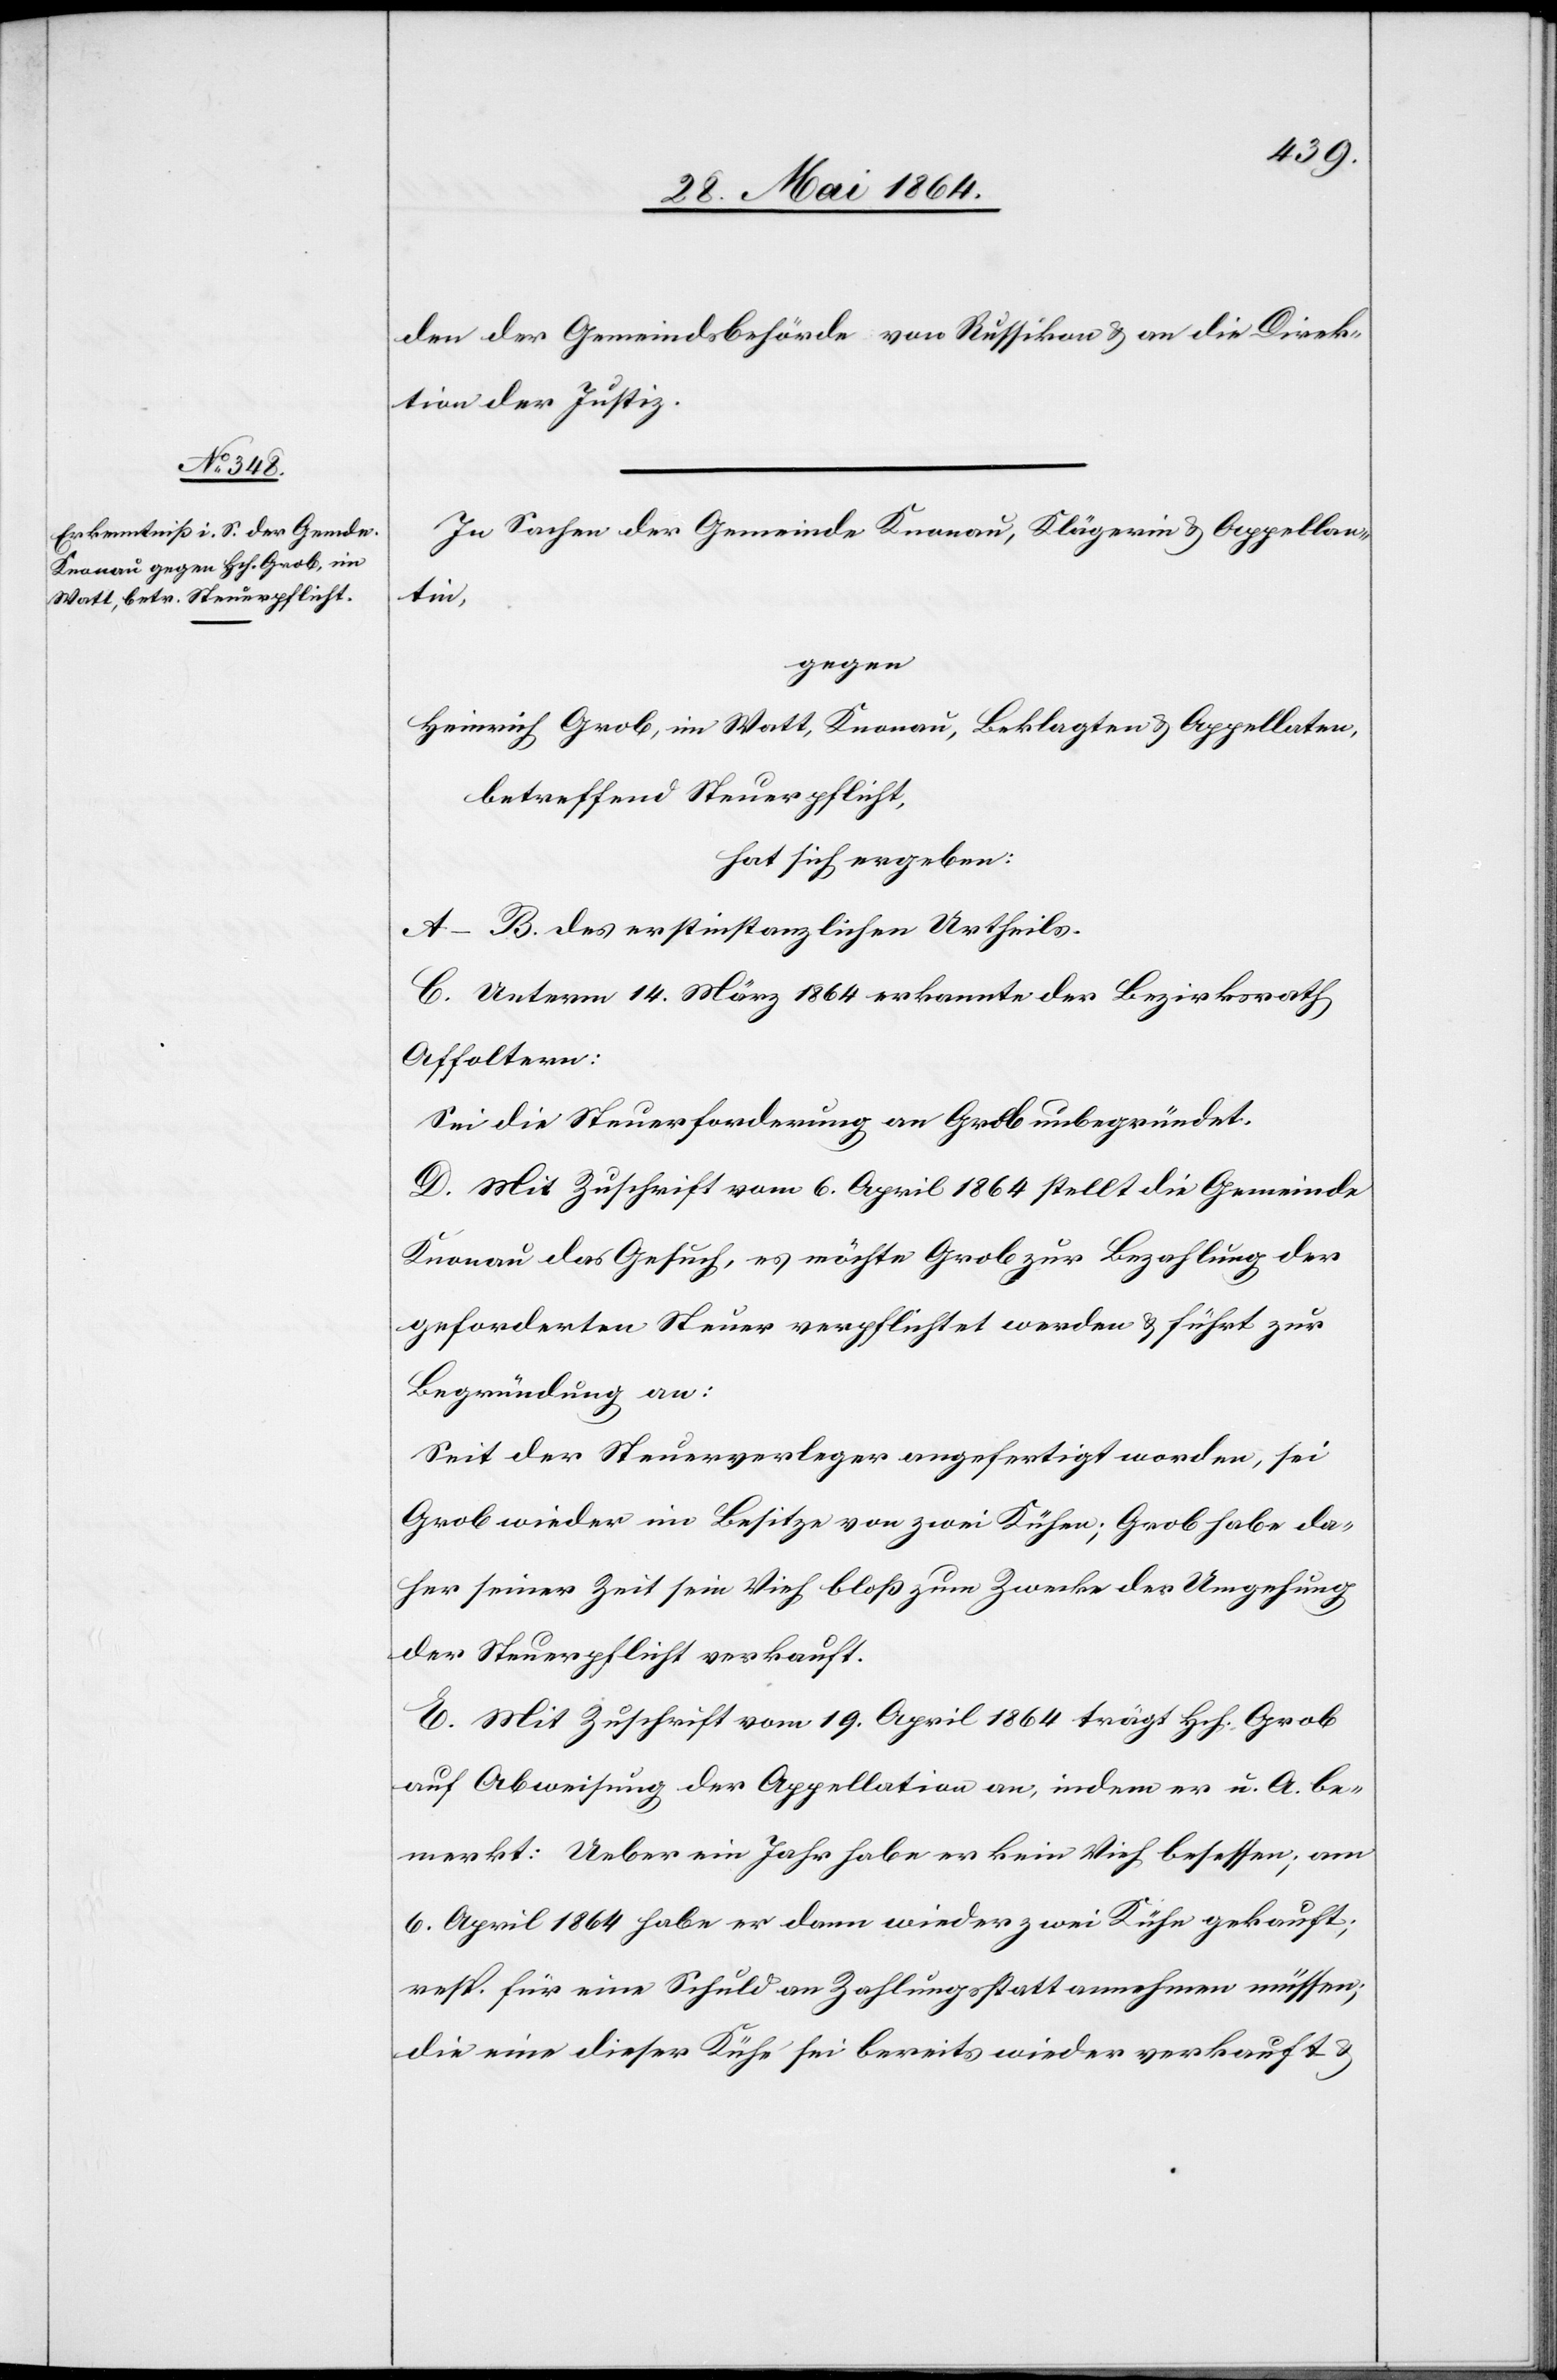
den der Gemeindsbehörde von Russikon u. an die Direk¬
tion der Justiz.
In Sachen der Gemeinde Knonau, Klägerin u. Appellan¬
tin,
gegen
Heinrich Grob, im Watt, Knonau, Beklagten u. Appellaten,
betreffend Steuerpflicht
hat sich ergeben:
A–B. des erstinstanzlichen Urtheils.
C. Unterm 14. März 1864 erkannte der Bezirksrath
Affoltern:
Sei die Steuerforderung an Grob unbegründet.
D. Mit Zuschrift vom 6. April 1864 stellt die Gemeinde
Knonau das Gesuch, es möchte Grob zur Bezahlung der
geforderten Steuer verpflichtet werden u. führt zur
Begründung an:
Seit der Steuerverleger angefertigt worden, sei
Grob wieder im Besitze von zwei Kühen; Grob habe da¬
her seiner Zeit sein Vieh bloß zum Zwecke der Umgehung
der Steuerpflicht verkauft.
E. Mit Zuschrift vom 19. April 1864 trägt Hch. Grob
auf Abweisung der Appellation an, indem er u. A. be¬
merkt: Ueber ein Jahr habe er kein Vieh besessen; am
6. April 1864 habe er dann wieder zwei Kühe gekauft;
resp. für eine Schuld an Zahlungsstatt annehmen müssen;
die eine dieser Kühe sei bereits wieder verkauft u.